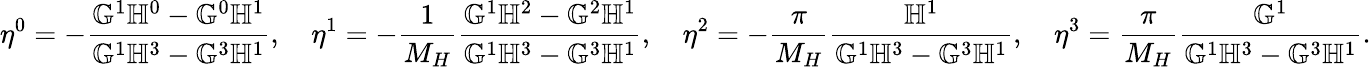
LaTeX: \eta^{0}=-\frac{\mathbb{G}^{1}\mathbb{H}^{0}-\mathbb{G}^{0}\mathbb{H}^{1}}{\mathbb{G}^{1}\mathbb{H}^{3}-\mathbb{G}^{3}\mathbb{H}^{1}},\quad\eta^{1}=-\frac{1}{M_{H}}\frac{\mathbb{G}^{1}\mathbb{H}^{2}-\mathbb{G}^{2}\mathbb{H}^{1}}{\mathbb{G}^{1}\mathbb{H}^{3}-\mathbb{G}^{3}\mathbb{H}^{1}},\quad\eta^{2}=-\frac{\pi}{M_{H}}\frac{\mathbb{H}^{1}}{\mathbb{G}^{1}\mathbb{H}^{3}-\mathbb{G}^{3}\mathbb{H}^{1}},\quad\eta^{3}=\frac{\pi}{M_{H}}\frac{\mathbb{G}^{1}}{\mathbb{G}^{1}\mathbb{H}^{3}-\mathbb{G}^{3}\mathbb{H}^{1}}.